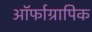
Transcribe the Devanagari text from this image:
ऑर्फाग्रापिक